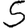
Digit: 5